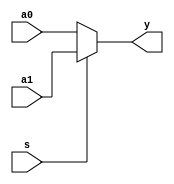
`timescale 1ns / 1ps
//////////////////////////////////////////////////////////////////////////////////
// Company: 
// Engineer: 
// 
// Design Name: 
// Module Name:    mux2x32 
// Project Name: 
// Target Devices: 
// Tool versions: 
// Description: 
//
// Dependencies: 
//
// Revision: 
// Revision 0.01 - File Created
// Additional Comments: 
//
//////////////////////////////////////////////////////////////////////////////////
module mux2x32 (a0,a1,s,y); // multiplexer, 32 bits
input [31:0] a0, a1; // inputs, 32 bits
input s; // input, 1 bit
output [31:0] y; // output, 32 bits
assign y = s ? a1 : a0; // if (s==1) y=a1; else y=a0;
endmodule